system: You are a helpful assistant.
user:
Analyze the provided spectrum to determine if it is a **S-type Star**.

- **Key Indicators for S-type Star:**

    - **(Overall Spectrum Shape):** The first and most obvious characteristic is the overall continuum (the "baseline" shape). It is **extremely "red-sloping,"** meaning the flux (light intensity) is very low on the left side (blue, ~4000-4500 Å) and rises steeply and continuously toward the right side (red, ~7000 Å+).

    - **(Primary):** The spectrum is defined by the presence of strong, broad molecular absorption "valleys" (bands) from **Zirconium Oxide (ZrO)**. The identification of these bands is the **primary requirement** for classifying a star as S-type.
        - **(Key Bandheads):** You must find distinct, deep "dips" where the light has been absorbed. The most critical band systems to locate are:
            - **~6474 Å** ($\gamma$-system): This is often the strongest and clearest ZrO feature, found in the red part of the spectrum.
            - **~5718 Å** & **~5551 Å** ($\beta$-system): A pair of prominent absorption features in the yellow-orange part of the spectrum.
            - **~4640 Å** ($\alpha$-system): A key absorption band system in the blue-green region of the spectrum.

    - **(Secondary Confirmation):** The classification is strengthened by finding additional absorption bands from other related heavy element oxides, which are expected to be present alongside ZrO.
        - **(Key Bandheads):**
            - **Yttrium Oxide (YO):** Look for absorption dips near **~4800 Å** and **~6100 Å**.
            - **Lanthanum Oxide (LaO):** Additional absorption features, particularly in the red-orange part of the spectrum, are also characteristic.

    - **(Line Profile):** The combination of the steep red continuum and these numerous, deep molecular bands (ZrO, YO, etc.) gives the entire spectrum a very **"chopped-up"** or **"bumpy"** appearance. Instead of a smooth curve, the spectrum looks as though large, wide chunks of light have been "carved out" of it at the specific wavelengths listed above.

Think first, call **spectral_visualization_tool** if needed to examine features in detail, then provide your final answer. Your response must adhere to the following strict rules:
1.  **Overall Structure:** Your response must follow the format `<think>...</think> <tool_call>...</tool_call> (if a tool is used) <answer>...</answer>`.
2.  **Tool Usage Constraint:** You may only make **one** tool call per turn.
3.  **Final Answer Format:** In the `<answer>` tag, your conclusion must be inside a `\boxed{}` command (e.g., `\boxed{YES}` or `\boxed{NO}`), followed by your justification.

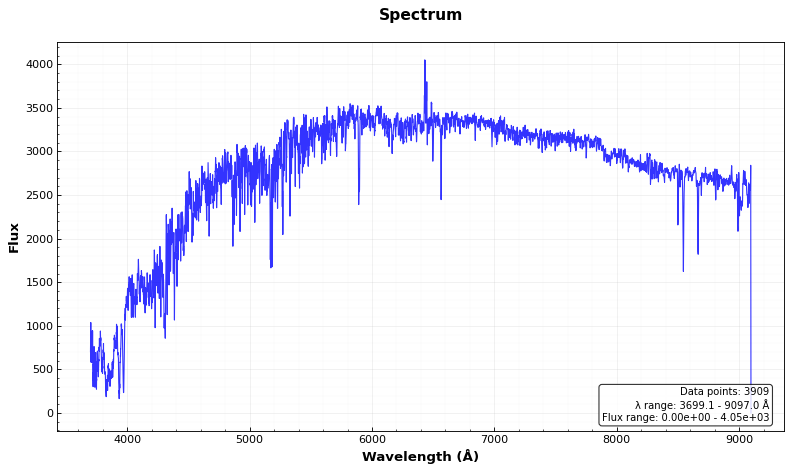
Answer: NO